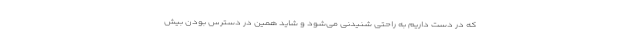
که در دست داریم به راحتی شنیدنی می‌شود و شاید همین در دسترس بودن بیش